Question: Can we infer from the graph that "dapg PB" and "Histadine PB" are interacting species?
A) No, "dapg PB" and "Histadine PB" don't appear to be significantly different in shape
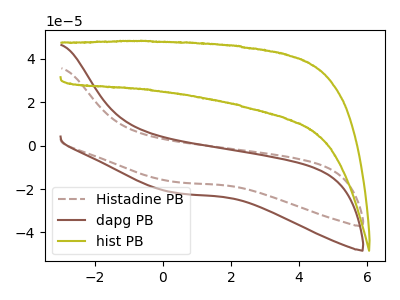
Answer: <think>The brown dashed curve "Histadine PB" has no peaks. The brown curve "dapg PB" has no peaks. The olive curve "hist PB" has no peaks.
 Neither "dapg PB" or "Histadine PB" have any peaks.</think>
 <answer>A) No, "dapg PB" and "Histadine PB" don't appear to be significantly different in shape</answer>
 <eval>A</eval>